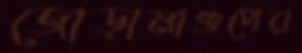
জোড়ামাণ্ডপের